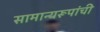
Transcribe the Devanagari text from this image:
सामान्यरूपांची